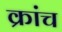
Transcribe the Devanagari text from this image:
क्रांच